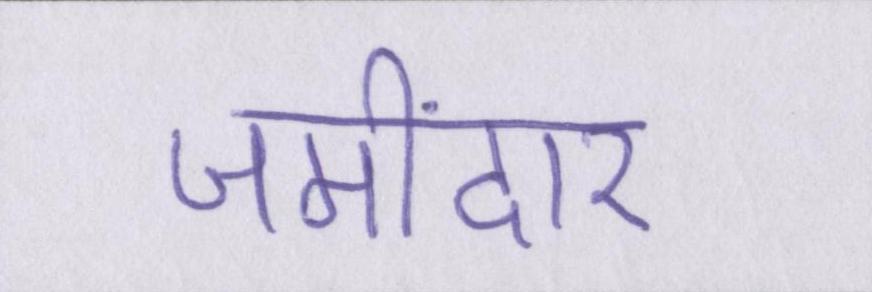
जमींदार